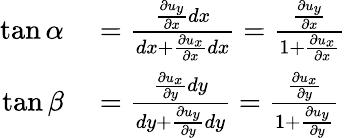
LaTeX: \begin{array}{rl}{\tan\alpha}&{{}={\frac{{\frac{\partial u_{y}}{\partial x}}dx}{dx+{\frac{\partial u_{x}}{\partial x}}dx}}={\frac{\frac{\partial u_{y}}{\partial x}}{1+{\frac{\partial u_{x}}{\partial x}}}}}\\ {\tan\beta}&{{}={\frac{{\frac{\partial u_{x}}{\partial y}}dy}{dy+{\frac{\partial u_{y}}{\partial y}}dy}}={\frac{\frac{\partial u_{x}}{\partial y}}{1+{\frac{\partial u_{y}}{\partial y}}}}}\end{array}